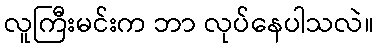
လူကြီးမင်းက ဘာ လုပ်နေပါသလဲ။